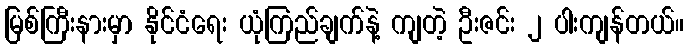
မြစ်ကြီးနားမှာ နိုင်ငံရေး ယုံကြည်ချက်နဲ့ ကျတဲ့ ဦးဇင်း ၂ ပါးကျန်တယ်။